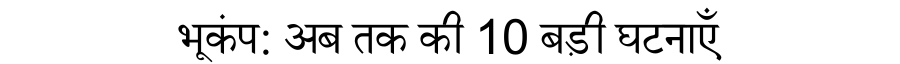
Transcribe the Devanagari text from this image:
भूकंप: अब तक की 10 बड़ी घटनाएँ